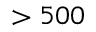
> 5 0 0